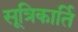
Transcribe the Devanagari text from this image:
सूत्रिकार्ति